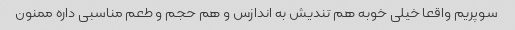
سوپریم واقعا خیلی خوبه هم تندیش به اندازس و هم حجم و طعم مناسبی داره ممنون